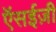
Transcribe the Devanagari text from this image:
ऍसईज़ी